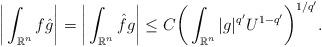
LaTeX: \begin{align*}\bigg|\int_{\mathbb R^n}f\hat g\bigg|=\bigg|\int_{\mathbb R^n}\hat fg\bigg|\le C\bigg(\int_{\mathbb R^n}|g|^{q'}U^{1-q'}\bigg)^{1/q'}.\end{align*}